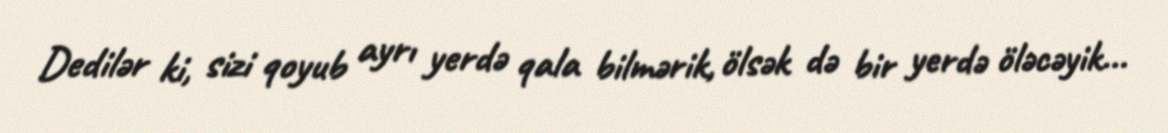
Dedilər ki, sizi qoyub ayrı yerdə qala bilmərik, ölsək də bir yerdə öləcəyik...